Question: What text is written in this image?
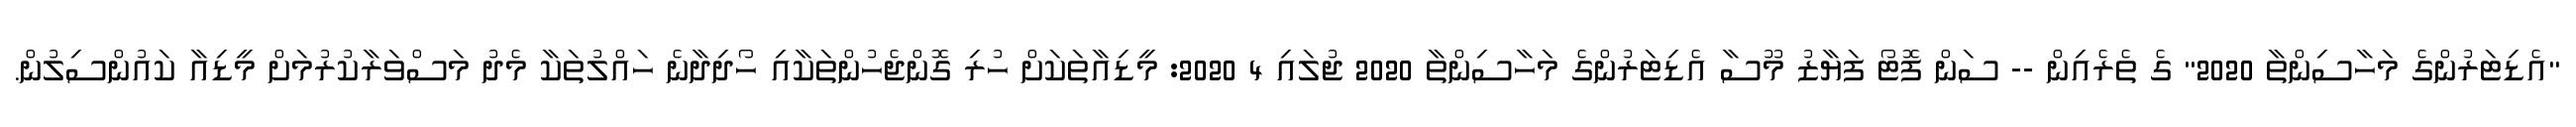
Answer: "އެޑިޓަރުންގެ މަހާސިންތާ 2020" ގެ ތެރެއިން -- ސަން ފޮޓޯ ފަޔާޒު މޫސާ އެޑިޓަރުންގެ މަހާސިންތާ 2020 ޖުލައި 4 2020: މީޑިއާތަކަށް ހުރި ގޮންޖެހުންތަކާއި ހޯދިދާނެ ހައްލުތަކާ މެދު މަސްވަރާކުރުމަށް މީޑިއާ ކައުންސިލުން.